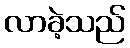
လာခဲ့သည်